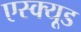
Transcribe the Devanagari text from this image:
एस्क्यूड